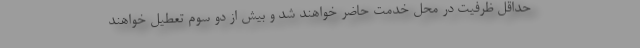
حداقل ظرفیت در محل خدمت حاضر خواهند شد و بیش از دو سوم تعطیل خواهند